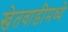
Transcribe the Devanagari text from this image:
खेतवाडीमध्ये